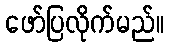
ဖော်ပြလိုက်မည်။